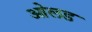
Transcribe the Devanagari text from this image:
ओलड